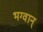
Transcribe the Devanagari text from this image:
भग्वान्